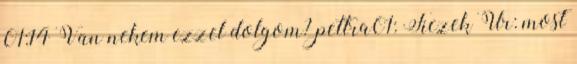
01:14 Van nekem ezzel dolgom? pettra01: Ficzek Úr: most